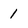
Character: 1